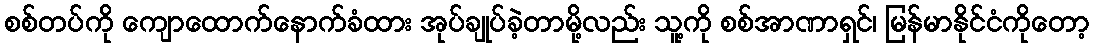
စစ်တပ်ကို ကျောထောက်နောက်ခံထား အုပ်ချုပ်ခဲ့တာမို့လည်း သူ့ကို စစ်အာဏာရှင်၊ မြန်မာနိုင်ငံကိုတော့